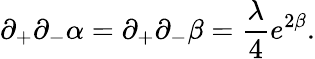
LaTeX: \partial_{+}\partial_{-}\alpha=\partial_{+}\partial_{-}\beta=\frac{\lambda}{4}e^{2\beta}.